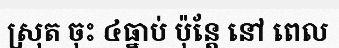
ស្រុត ចុះ ៤ធ្នាប់ ប៉ុន្តែ នៅ ពេល